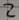
Text: 2